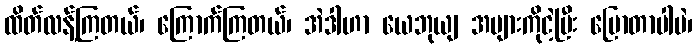
ထိတ်လန့်ကြတယ်၊ ကြောက်ကြတယ်၊ အဲဒါဟာ ယေဘုယျ အများကိုငဲ့ပြီး ပြောတာပါပဲ၊